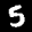
Label: 5